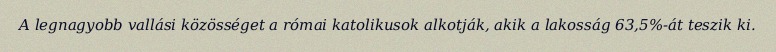
A legnagyobb vallási közösséget a római katolikusok alkotják, akik a lakosság 63,5%-át teszik ki.